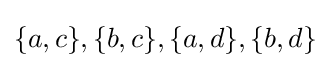
\{a,c\},\{b,c\},\{a,d\},\{b,d\}